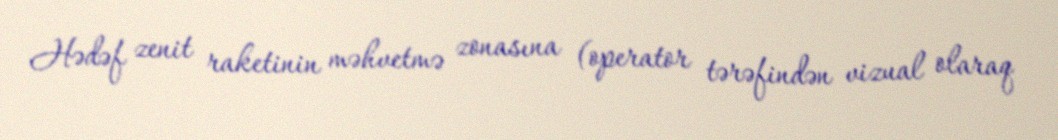
Hədəf zenit raketinin məhvetmə zonasına (operator tərəfindən vizual olaraq